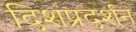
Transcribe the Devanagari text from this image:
दिशप्रदर्शन